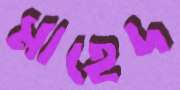
মাহেদ